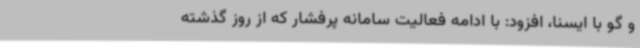
و گو با ایسنا، افزود: با ادامه فعالیت سامانه پرفشار که از روز گذشته